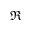
\Re